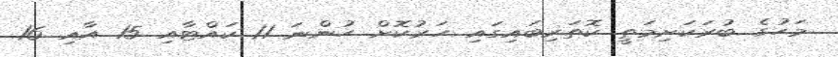
މަހުގެ ބުރަކަށިމަތީ ކޮތަރިބައިގައި ހަރުކޮށް ހުންނަ 11 ކައްޓާއި 15 އާއި 16